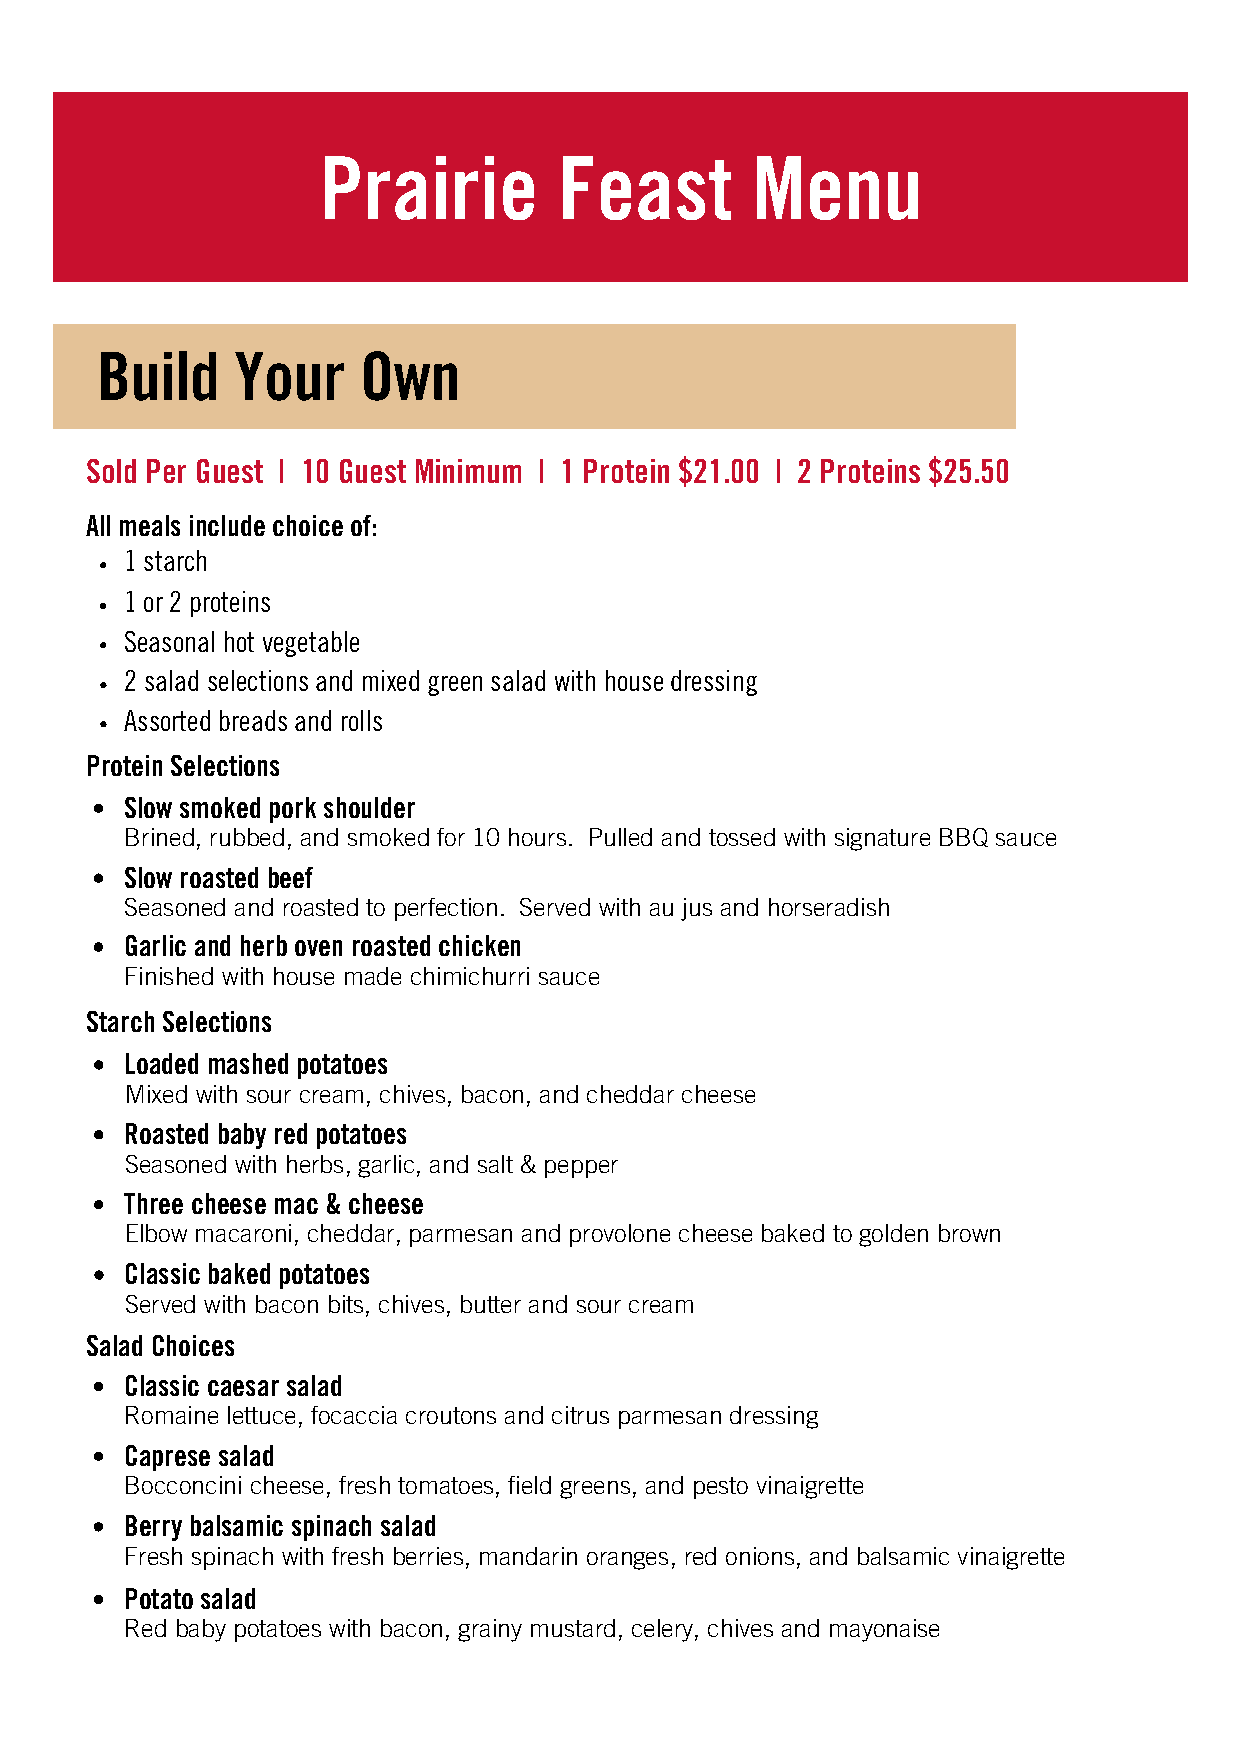
Prairie         Feast        Menu
 Build     Your    Own
 Sold Per Guest | 10 Guest Minimum | 1 Protein $21.00 | 2 Proteins $25.50
 All meals include choice of:
 1 starch
 1 or 2 proteins
 Seasonal hot vegetable
 2 salad selections and mixed green salad with house dressing
 Assorted breads and rolls
 Protein Selections
 Slow smoked pork shoulder
 Brined, rubbed, and smoked for 10 hours. Pulled and tossed with signature BBQ sauce
 Slow roasted beef
 Seasoned and roasted to perfection. Served with au jus and horseradish
 Garlic and herb oven roasted chicken
 Finished with house made chimichurri sauce
 Starch Selections
 Loaded mashed potatoes
 Mixed with sour cream, chives, bacon, and cheddar cheese
 Roasted baby red potatoes
 Seasoned with herbs, garlic, and salt & pepper
 Three cheese mac & cheese
 Elbow macaroni, cheddar, parmesan and provolone cheese baked to golden brown
 Classic baked potatoes
 Served with bacon bits, chives, butter and sour cream
 Salad Choices
 Classic caesar salad
 Romaine lettuce, focaccia croutons and citrus parmesan dressing
 Caprese salad
 Bocconcini cheese, fresh tomatoes, field greens, and pesto vinaigrette
 Berry balsamic spinach salad
 Fresh spinach with fresh berries, mandarin oranges, red onions, and balsamic vinaigrette
 Potato salad
 Red baby potatoes with bacon, grainy mustard, celery, chives and mayonaise